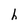
Character: h